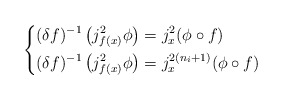
\begin{align*}\left \{\begin{aligned}\mathcal (\delta f)^{-1}\left(j^2_{f(x)}\phi\right) &= j^2_x(\phi \circ f) & \\\mathcal (\delta f)^{-1}\left(j^2_{f(x)}\phi\right) &= j^{2(n_i+1)}_x(\phi \circ f) &\end{aligned}\right.\end{align*}